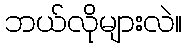
ဘယ်လိုများလဲ။